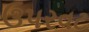
ઉપરવટ